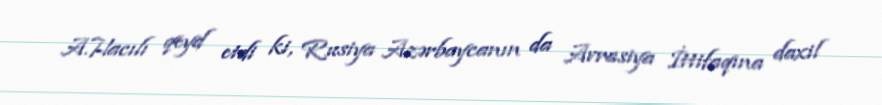
A.Hacılı qeyd etdi ki, Rusiya Azərbaycanın da Avrasiya İttifaqına daxil